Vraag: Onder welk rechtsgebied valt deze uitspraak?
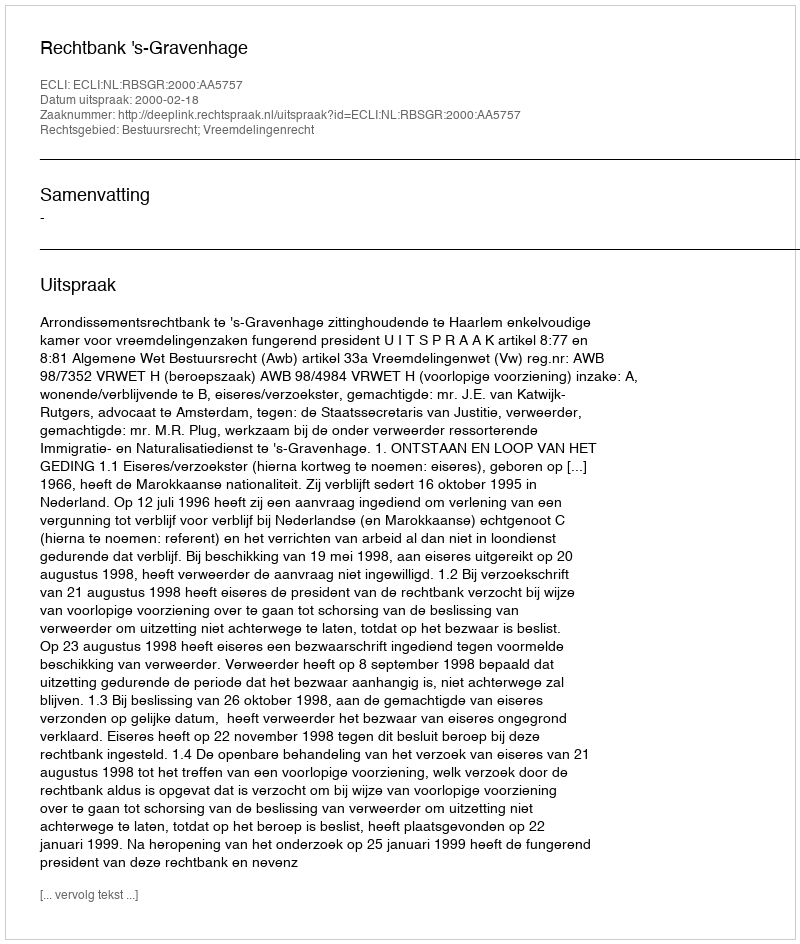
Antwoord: Bestuursrecht; Vreemdelingenrecht